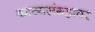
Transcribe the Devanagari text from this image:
काव्यसंग्रहावर